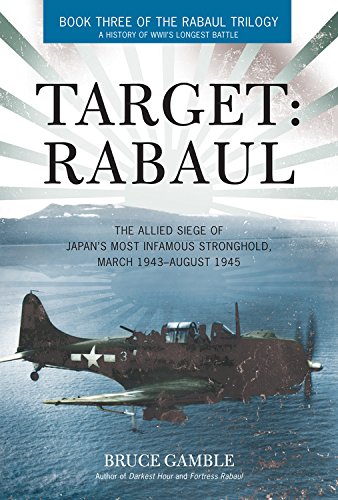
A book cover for Target: Rabaul: The Allied Siege of Japan's Most Infamous Stronghold, March 1943 - August 1945; Bruce Gamble; History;